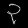
Digit: ၃